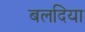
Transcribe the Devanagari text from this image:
बलदिया